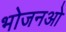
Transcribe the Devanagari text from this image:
भोजनओ